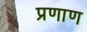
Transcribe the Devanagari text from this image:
प्रणाण